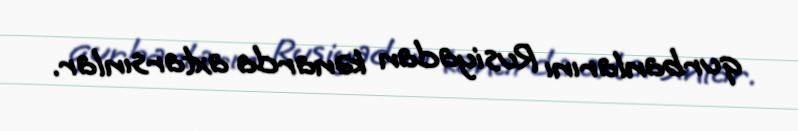
qurbanlarını Rusiyadan kənarda axtarsınlar.